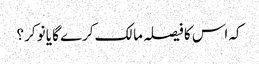
کہ اس کا فیصلہ مالک کرے گا یا نوکر ؟